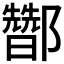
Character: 𰼀